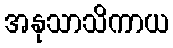
အနုသာသိကာယ